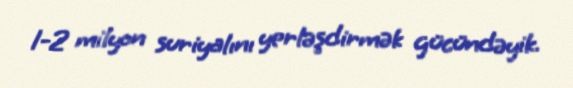
1-2 milyon suriyalını yerləşdirmək gücündəyik.